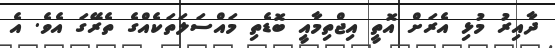
ދާއިރު މުޅި އެރަށް އޮތީ އިޖްތިމާއީ ބޮޑެތި މައްސަލަތަކެއްގެ ތެރޭގަ އެވެ. އެ